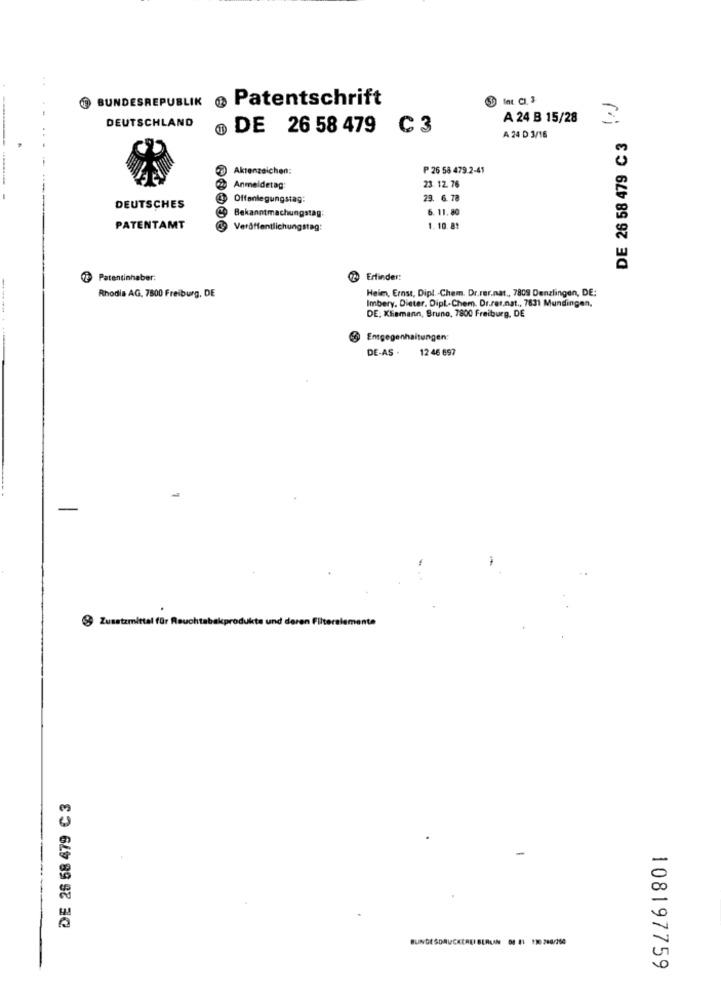
BUNDESREPUBLIK @ Patentschrift
Int. CI. 3
A 24 B 15/28
3
DEUTSCHLAND
DE 26 58 479 C 3
DE 26 58 479 C 3
A 24 D 3/16
Aktenzeichen;
P 26 58 479.2-41
Anmeldetag
23. 12. 76
Offenlegungstag:
23. 6.78
DEUTSCHES
6. 11.80
@ Bekanntmachungstag:
PATENTAMT
Veröffentlichungstag:
1. 10.81
Patentinhaber:
Erfinder:
--
Heim, Ernst, Dipl .- Chem. Dr.rer.nat ., 7809 Denzlingen, DE:
Rhodia AG, 7800 Freiburg, DE
Imbery, Dieter, Dipl.Chem. Dr.rer.nat ., 7831 Mundingen,
DE: Klismann, Bruno, 7800 Freiburg, DE
Entgegenhaltungen:
DE-AS - 1
12 46 697
-
$ Zusatzmittel für Reuchtabakprodukte und deren Filterelemente
DE 26 58 479 C 3
108197759